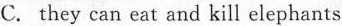
C. they can eat and kill elephants